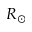
R _ { \odot }